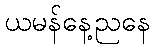
ယမန်နေ့ညနေ